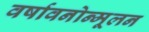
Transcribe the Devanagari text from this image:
वर्षावनोन्मूलन